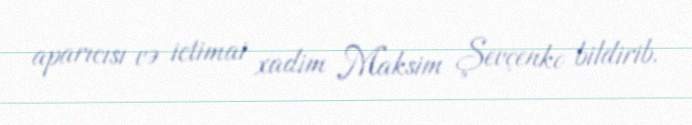
aparıcısı və ictimai xadim Maksim Şevçenko bildirib.